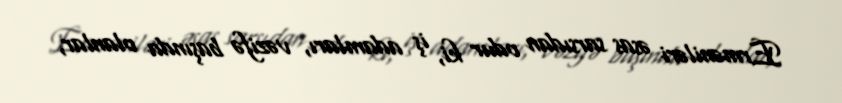
Erməniləri əsas sarsıdan odur ki, iş adamları, vəzifə başında olanlar,